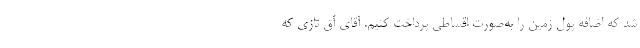
شد که اضافه پول زمین را به‌صورت اقساطی پرداخت کنیم. آقای آق تازی که